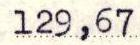
129,67